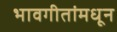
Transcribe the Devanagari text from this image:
भावगीतांमधून